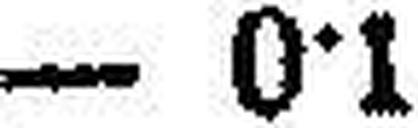
— 0•1